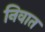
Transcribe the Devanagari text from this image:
निवात